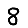
Digit: 8